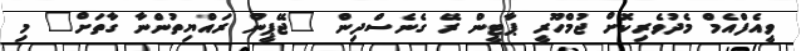
ވީއެފްއެމް މެދުވެރިކޮށް ޖުމްހޫރީ ޕާޓީން ރޭ ގެނެސްދިން "ޖޭޕީން ރައްޔިތުންނާ ގާތަށް" މި